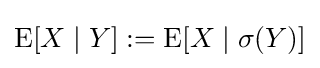
\operatorname {E} [X\mid Y]:=\operatorname {E} [X\mid \sigma (Y)]